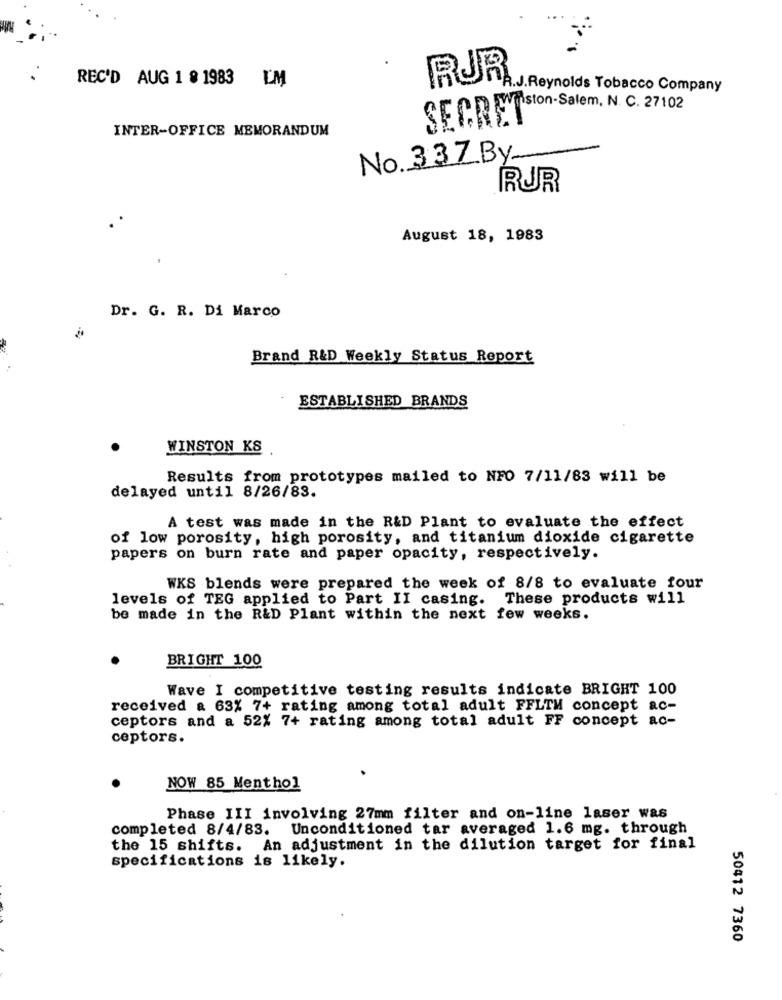
REC'D AUG 1 8 1983 L.M
RUR
A.J.Reynolds Tobacco Company
SECRETston-Salem, N. C. 27102
INTER-OFFICE MEMORANDUM
No. 337 By-
RUR
August 18, 1983
Dr. G. R. Di Marco
Brand R&D Weekly Status Report
ESTABLISHED BRANDS
WINSTON KS
Results from prototypes mailed to NFO 7/11/83 will be
delayed until 8/26/83.
A test was made in the R&D Plant to evaluate the effect
of low porosity, high porosity, and titanium dioxide cigarette
papers on burn rate and paper opacity, respectively.
WKS blends were prepared the week of 8/8 to evaluate four
levels of TEG applied to Part II casing. These products will
be made in the R&D Plant within the next few weeks.
BRIGHT 100
Wave I competitive testing results indicate BRIGHT 100
received a 63% 7+ rating among total adult FFLTH concept ac-
ceptors and a 52% 7+ rating among total adult FF concept ac-
ceptors.
.
NOW 85 Menthol
Phase III involving 27mm filter and on-line laser was
completed 8/4/83. Unconditioned tar averaged 1.6 mg. through
the 15 shifts.
An adjustment in the dilution target for final
specifications is likely.
50412 7360